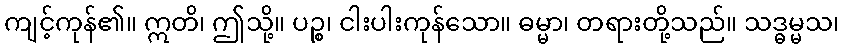
ကျင့်ကုန်၏။ ဣတိ၊ ဤသို့။ ပဉ္စ၊ ငါးပါးကုန်သော။ ဓမ္မာ၊ တရားတို့သည်။ သဒ္ဓမ္မသ၊